Report of the Bombay Veterinary College
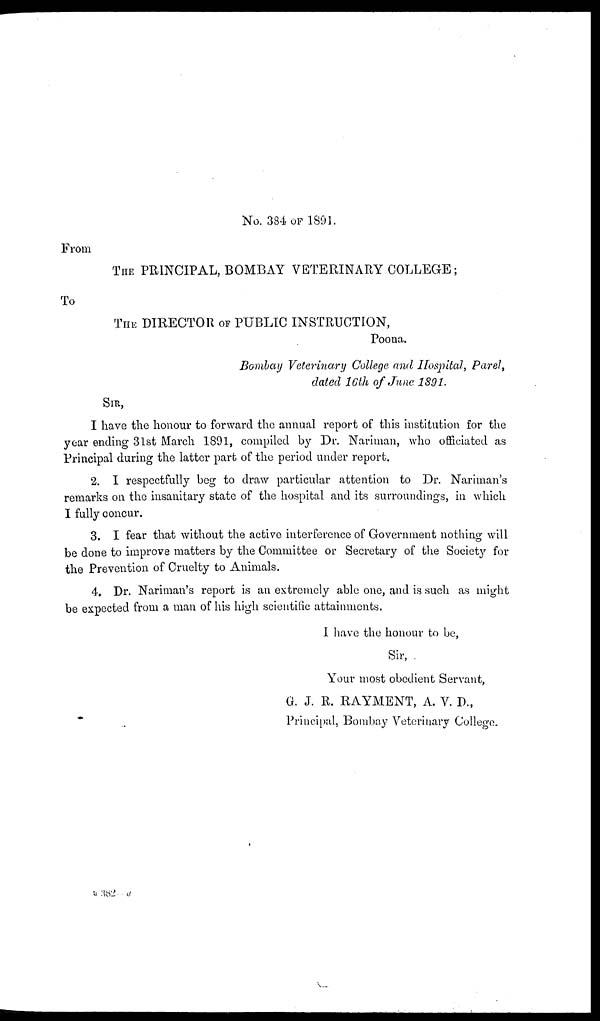
No. 384 OF 1891.
From
THE PRINCIPAL, BOMBAY VETERINARY COLLEGE;
To
THE DIRECTOR OF PUBLIC INSTRUCTION,
Poona.
Bombay Veterinary College and Hospital, Parel,
dated 16th of June 1891.
SIR,
I have the honour to forward the annual report of this institution for the
year ending 31st March 1891, compiled by Dr. Nariman, who officiated as
Principal during the latter part of the period under report.
2. I respectfully beg to draw particular attention to Dr. Nariman's
remarks on the insanitary state of the hospital and its surroundings, in which
I fully concur.
3. I fear that without the active interference of Government nothing will
be done to improve matters by the Committee or Secretary of the Society for
the Prevention of Cruelty to Animals.
4. Dr. Nariman's report is an extremely able one, and is such as might
be expected from a man of his high scientific attainments.
I have the honour to be,
Sir,
Your most obedient Servant,
G. J. R. RAYMENT, A. V. D.,
Principal, Bombay Veterinary College.
B 382—a